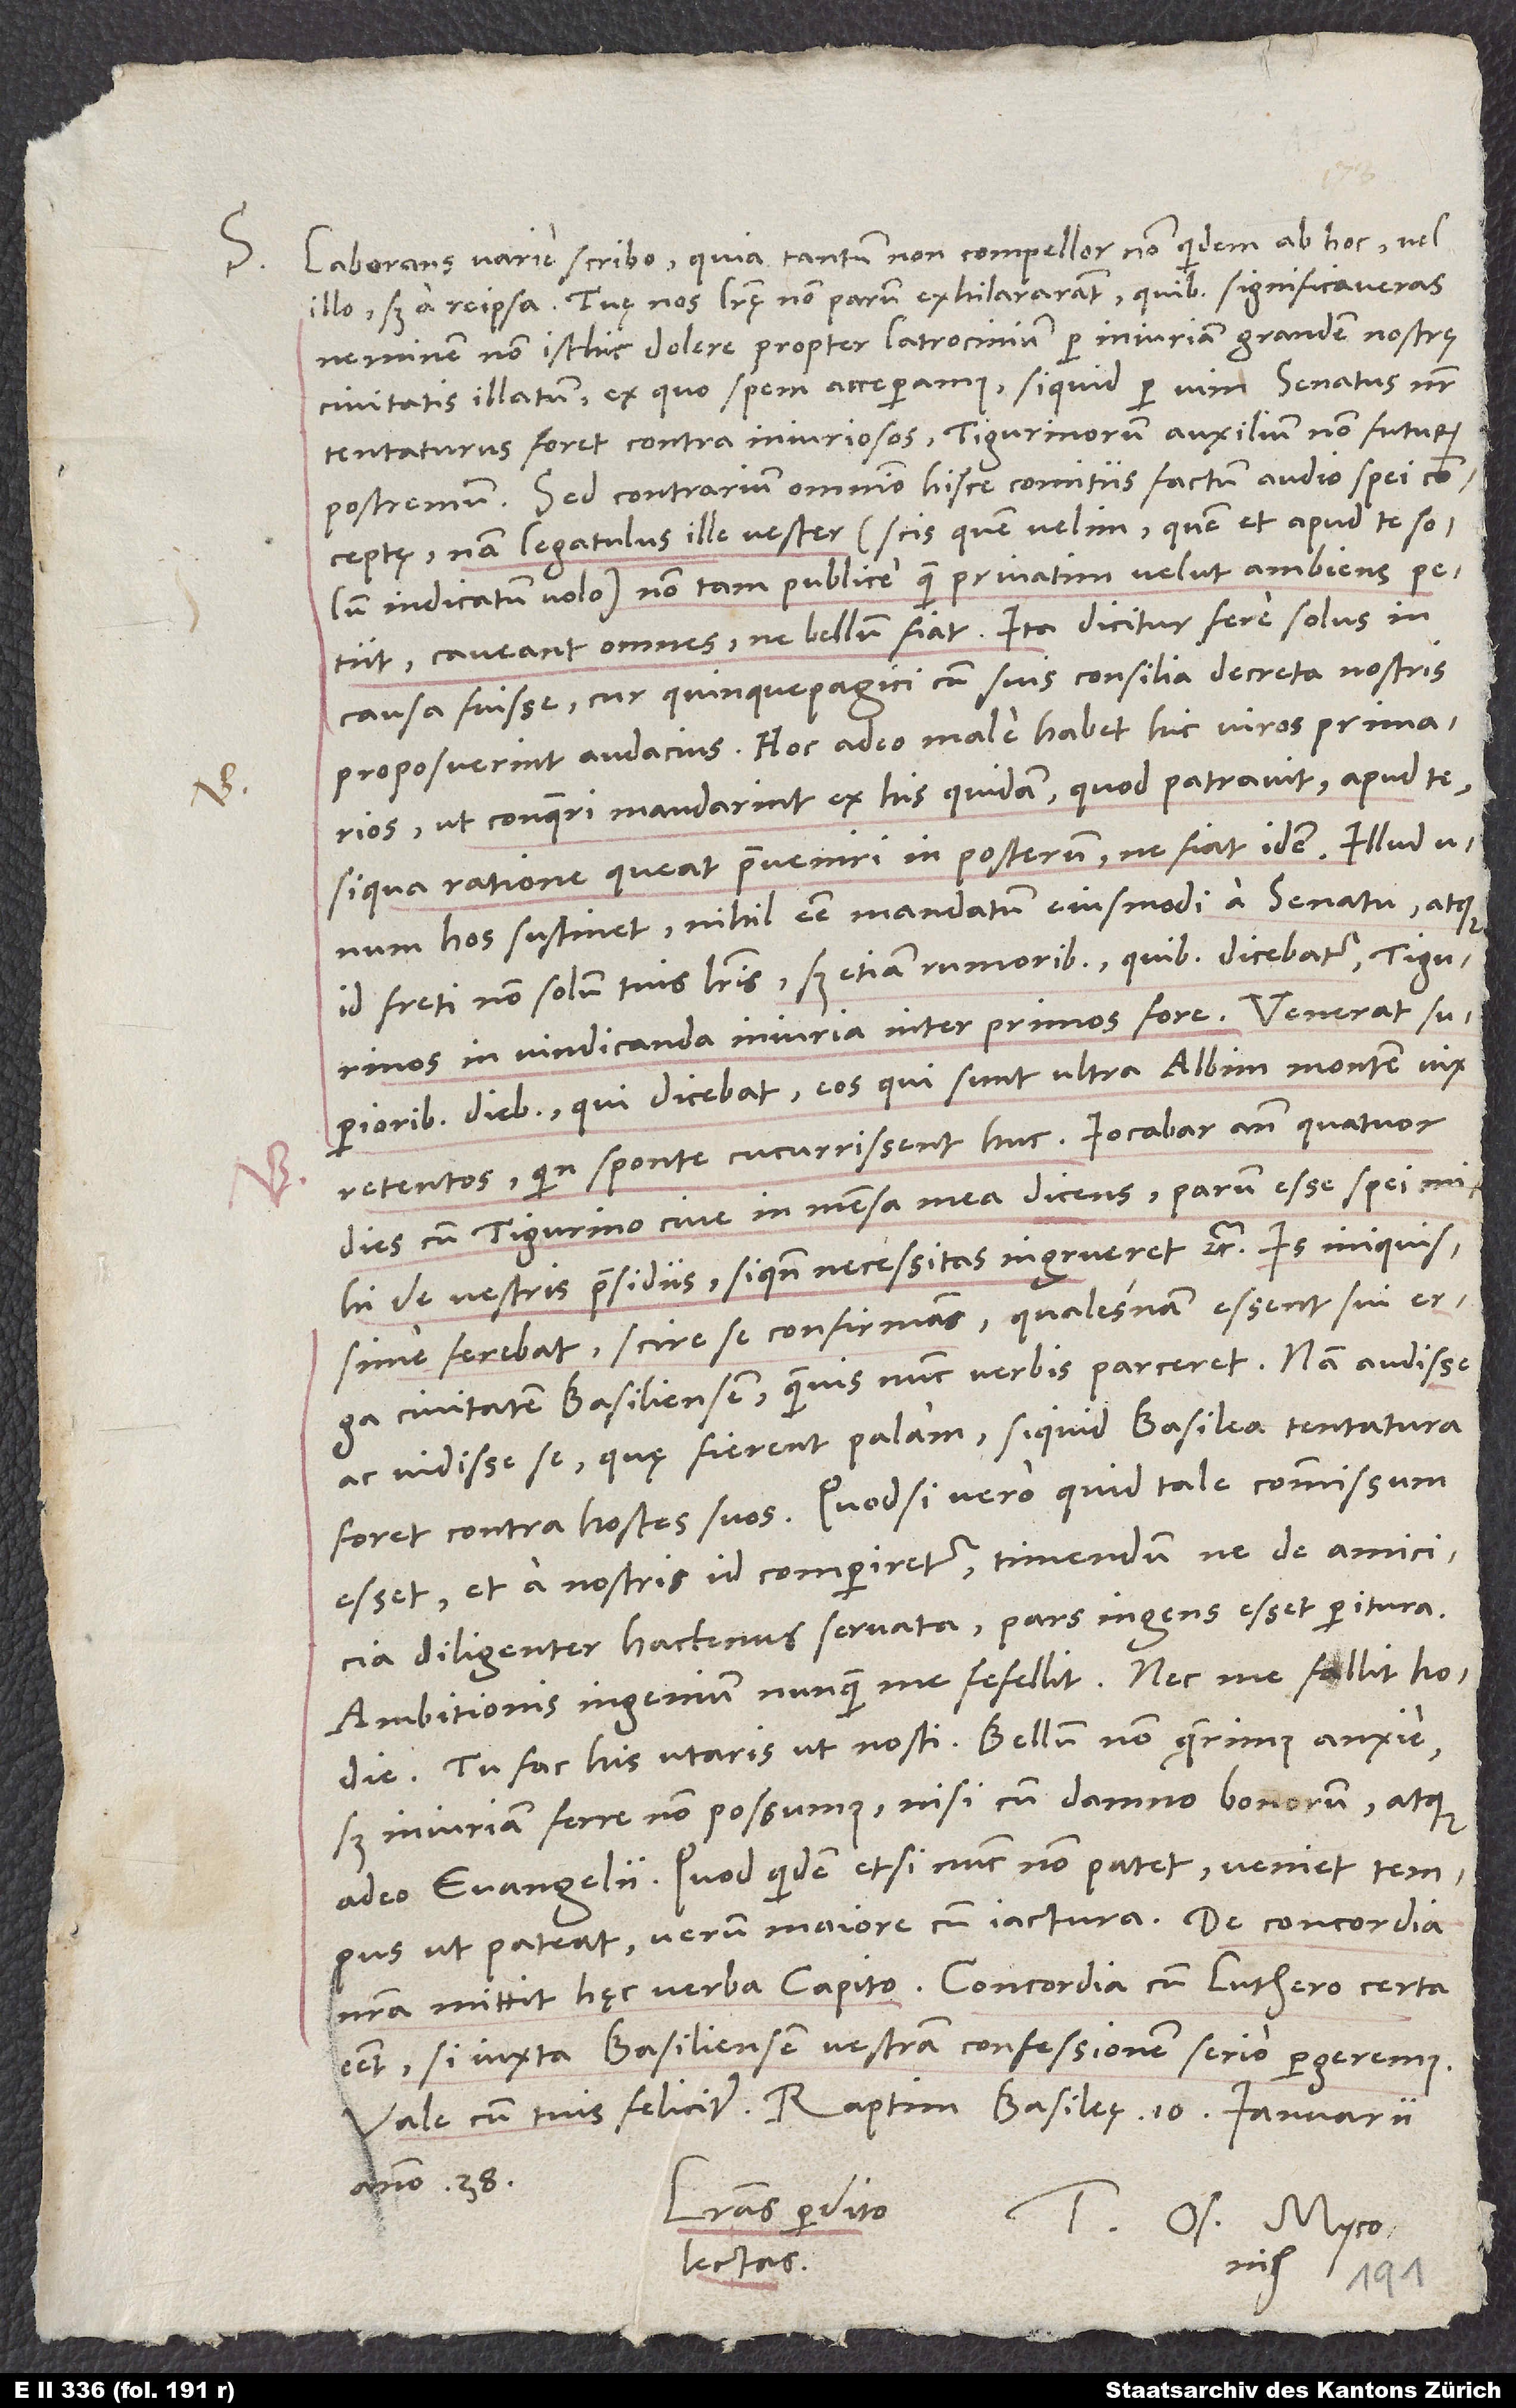
S. Laborans varie scribo, quia tantum non compellor, non quidem ab hoc vel
illo, sed a re ipsa. Tuę nos literę non parum exhilararant, quibus significaveras
neminem non isthic dolere propter latrocinium per iniuriam grandem nostrę
civitati illatum, ex quo spem acceperamus, si quid per vim senatus noster
tentaturus foret contra iniuriosos, Tigurinorum auxilium non futurum
postremum. Sed contrarium omnino hisce comitiis factum audio spei
conceptę; nam legatulus ille vester (scis, quem velim, quem et apud te solum
indicatum volo) non tam publice quam privatim velut ambiens petiit,
caveant omnes, ne bellum fiat. Ita dicitur fere solus in
causa fuisse, cur Quinquepagici cum suis consilia decreta nostris
proposuerint audacius. Hoc adeo male habet hic viros primarios,
ut conqueri mandarint ex his quidam, quod patravit, apud te,
si qua ratione queat praeveniri in posterum, ne fiat idem. Illud unum
hos sustinet nihil esse mandatum eiusmodi a senatu, atque
id freti non solum tuis literis, sed etiam rumoribus, quibus dicebatur Tigurinos
in vindicanda iniuria inter primos fore. Venerat
superioribus diebus, qui dicebat eos, qui sunt ultra Albim montem, vix
retentos, quin sponte cucurrissent huc. Iocabar ante quatuor
dies cum Tigurino cive in mensa mea dicens parum esse spei mihi
de vestris praesidiis, si quando necessitas ingrueret etc. Is iniquissime
ferebat scire se confirmans, qualesnam essent sui erga
civitatem Basiliensem, quamvis nunc verbis parceret. Nam audisse
ac vidisse se, quę fierent palam, si quid Basilea tentatura
foret contra hostes suos. Quodsi vero quid tale commissum
esset et a nostris id comperiretur, timendum, ne de amicicia
diligenter hactenus servata pars ingens esset peritura.
Ambitionis ingenium nunquam me fefellit nec fallit hodie.
Tu fac, his utaris, ut nosti. Bellum non quaerimus anxie,
sed iniuriam ferre non possumus nisi cum damno bonorum atque
adeo evangelii. Quod quidem etsi nunc non patet, veniet tempus,
nostra mittit hęc verba Capito: „Concordia cum Luthero certa
esset, si iuxta Basiliensem vestram confessionem serio pergeremus.“
anno 38.
Literas perdito
lectas.